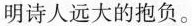
明诗人远大的报负。